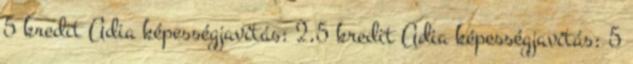
5 kredit Adia képességjavítás: 2,5 kredit Adia képességjavítás: 5